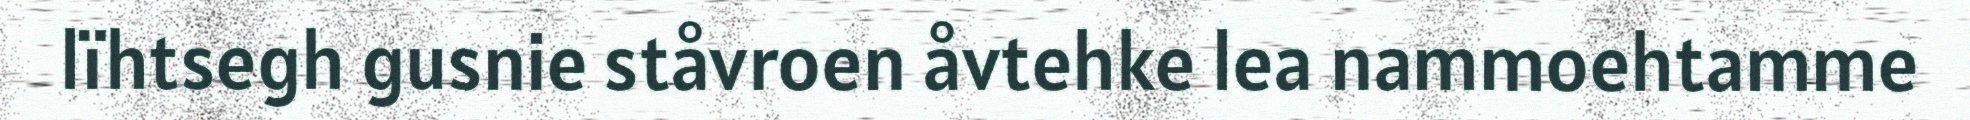
lïhtsegh gusnie ståvroen åvtehke lea nammoehtamme